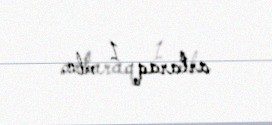
artaraq 1 mln.